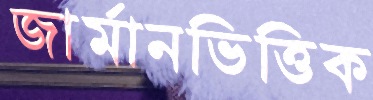
জার্মানভিত্তিক